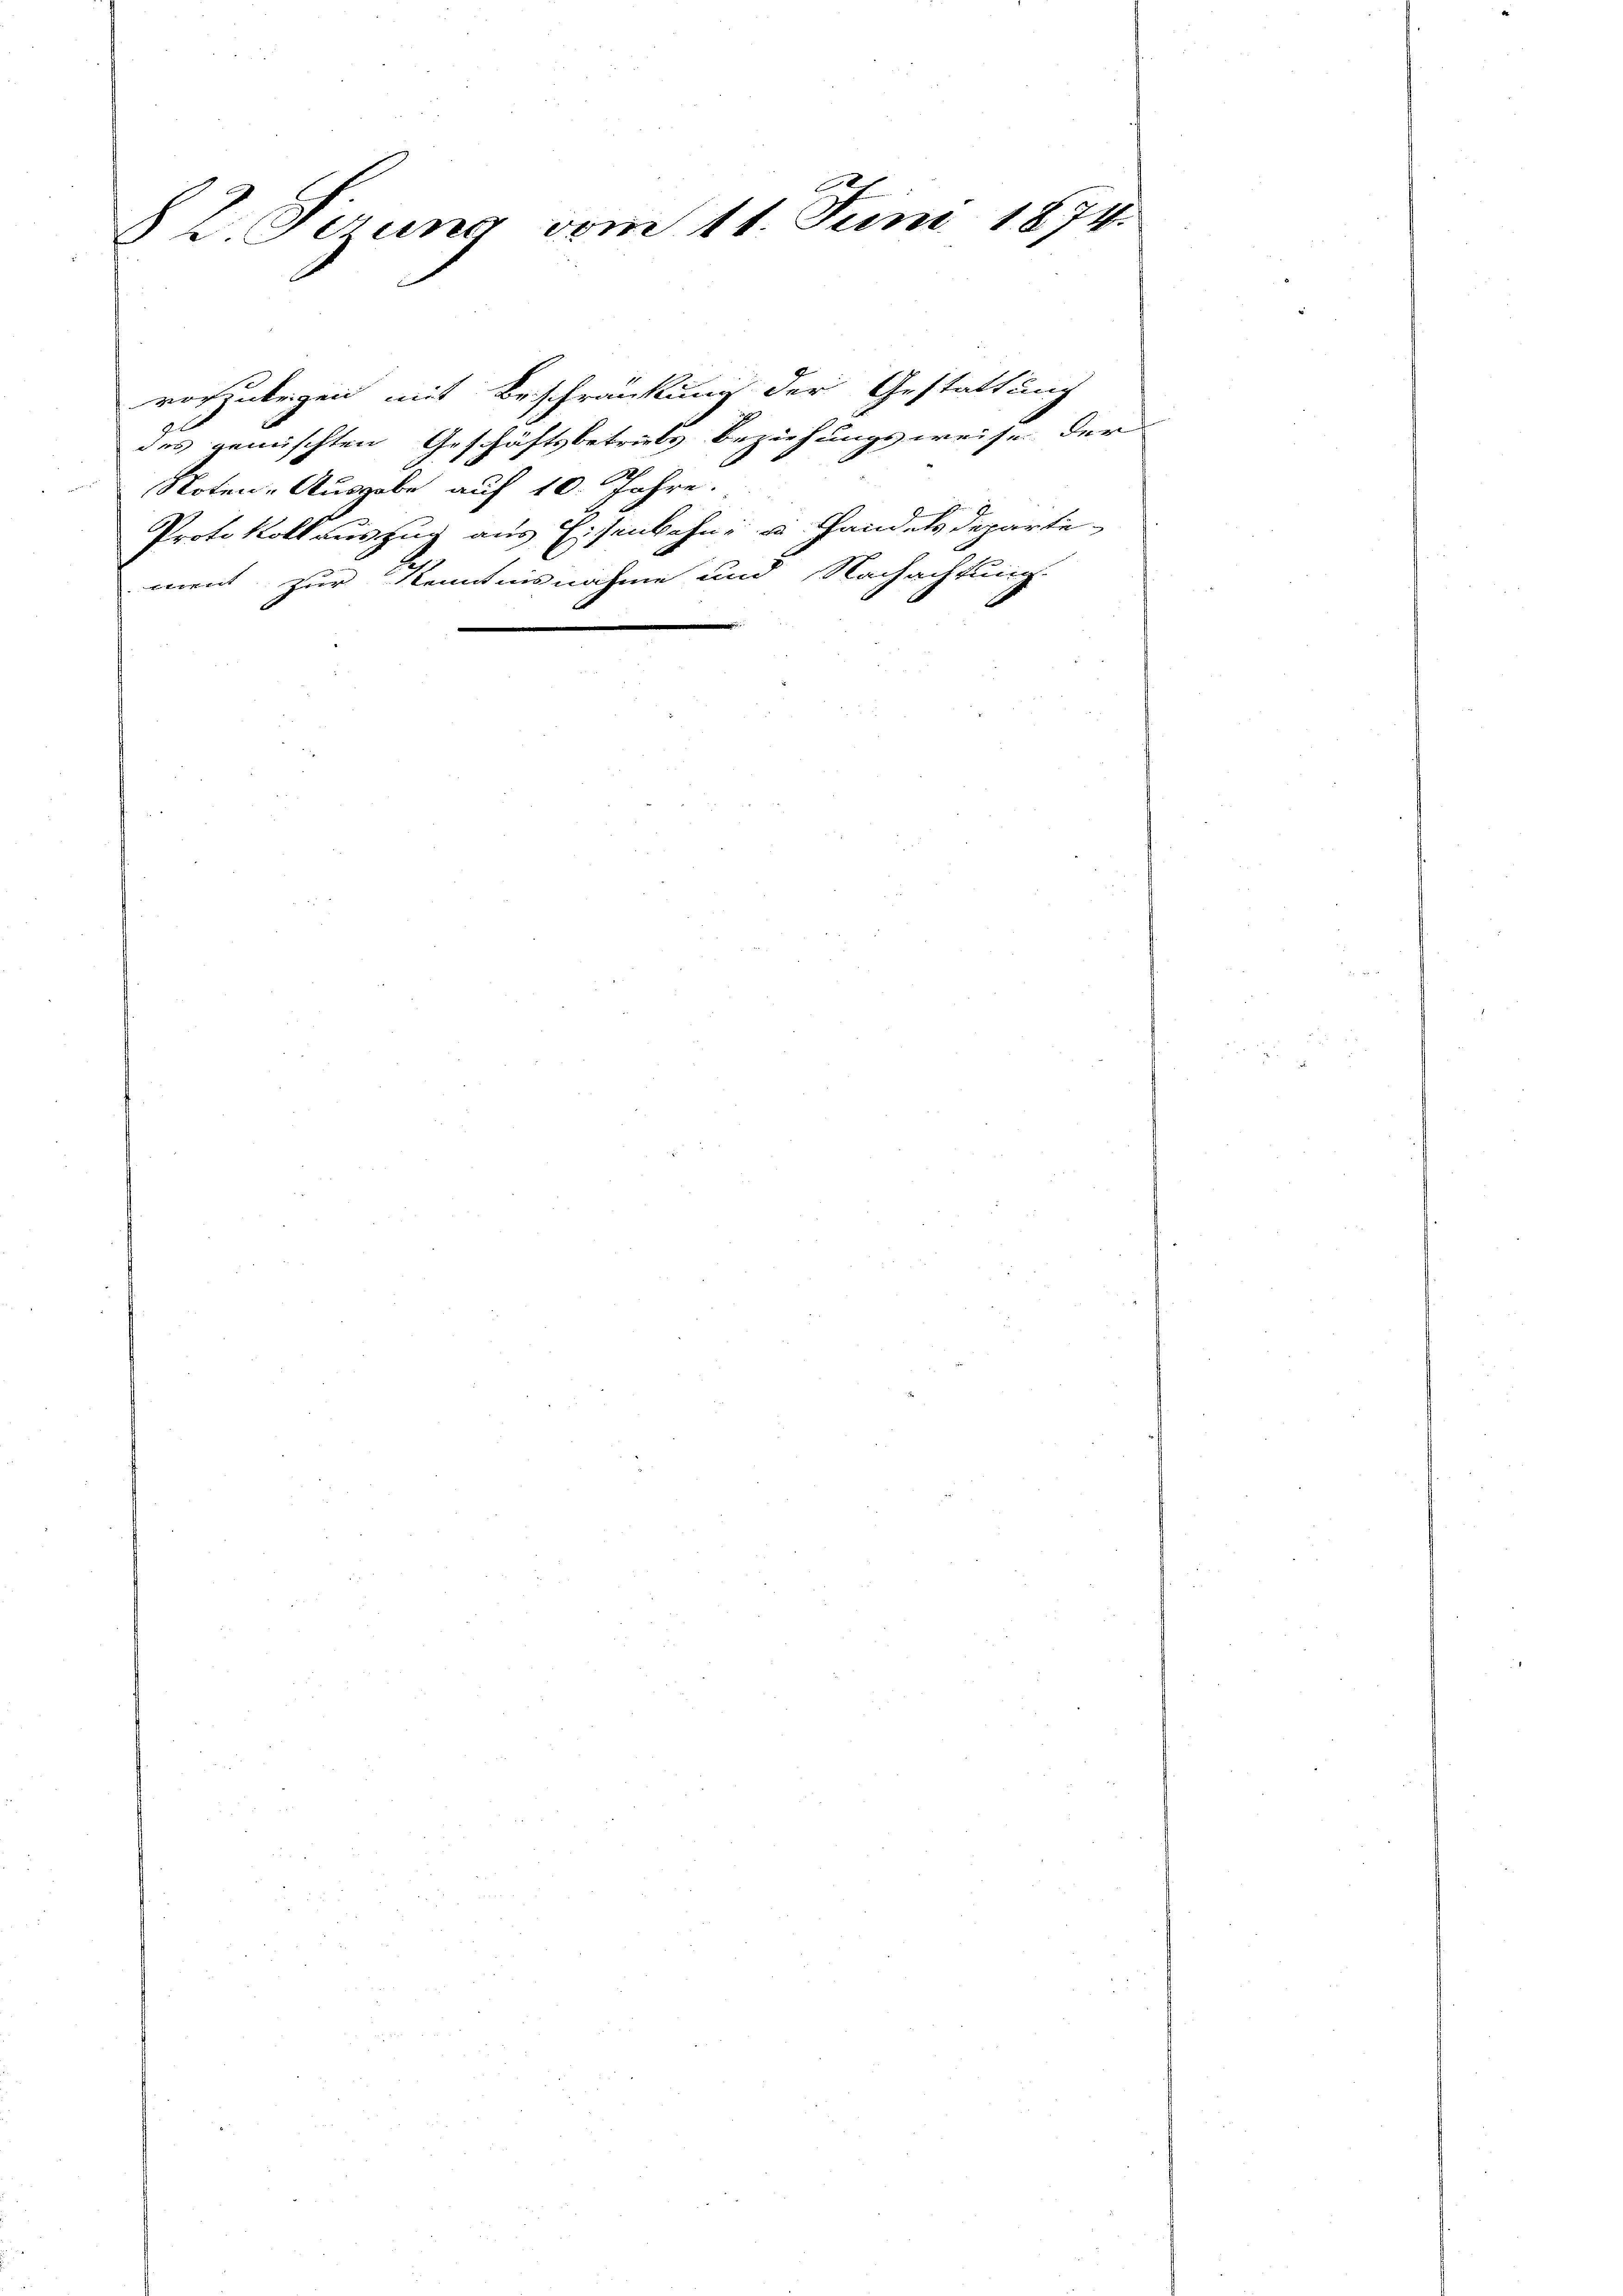
82. Perung vom 11. Juni 1874.

vorzulegen mit Beschränkung der Gestattung
des gemischten Geschäftsbetriebs Beziehungsweise der
21
Noten-Ausgabe auf 10. Jahre.
Protokoll auszug aus Eisenbahn u. Handelsdepartement zur Kenntnisnahme und Nachachtung.